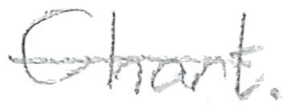
Text: Chart.
Cross-out: single-line
Writing tool: pencil